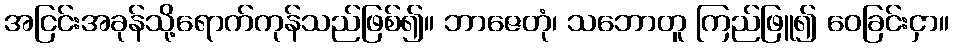
အငြင်းအခုန်သို့ရောက်ကုန်သည်ဖြစ်၍။ ဘာဇေတုံ၊ သဘောတူ ကြည်ဖြူ၍ ဝေခြင်းငှာ။